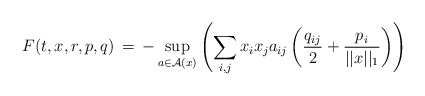
\begin{align*} F(t,x,r,p,q) \,=\, - \sup_{a\in \mathcal{A}(x)} \left( \sum_{i,j} x_i x_j a_{ij} \left(\frac{q_{ij}}{2} + \frac{p_i}{||x||_1}\right)\right)\ \end{align*}